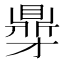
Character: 𮮥